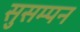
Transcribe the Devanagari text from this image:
सुसम्पन